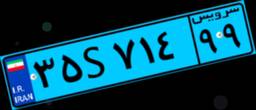
۳۵S۷۱۴۹۹